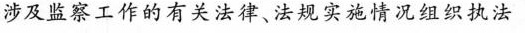
涉及监察工作的有关法律、法规实施情况组织执法